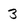
Character: 3